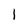
Character: l